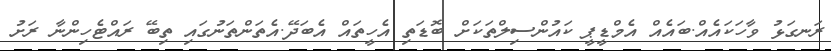
ރަނގަޅު ވާހަކައެއް.ބައެއް އެމްޑީޕީ ކައުންސިލްތަކަށް ބޮޑަތި އެހީތައް އެބަދޭ.އެތަންތަނުގައި ތިބޭ ރައްޓެހިންނާ ރަށު